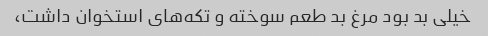
خیلی بد بود مرغ بد طعم سوخته و تکه‌های استخوان داشت،